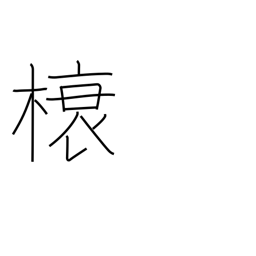
Meaning: rafter